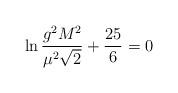
LaTeX: \begin{align*}\ln\frac{g^2M^2}{\mu^2\sqrt2}+\frac{25}{6}=0\end{align*}